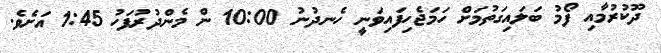
ދޫކުރުމާއި ފޯމު ބަލައިގަތުމަށް ހަމަޖެހިފައިވަނީ ހެނދުނު 10:00 ން މެންދުރުފަހު 1:45 އަށެވެ.